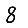
Digit: 8